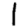
Digit: 1